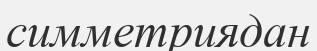
симметриядан